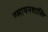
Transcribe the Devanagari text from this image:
रसायनशास्त्रि